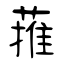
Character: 蓷